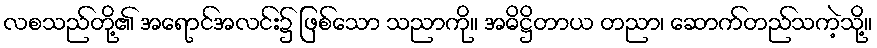
လစသည်တို့၏ အရောင်အလင်း၌ ဖြစ်သော သညာကို။ အဓိဋ္ဌိတာယ တညာ၊ ဆောက်တည်သကဲ့သို့။